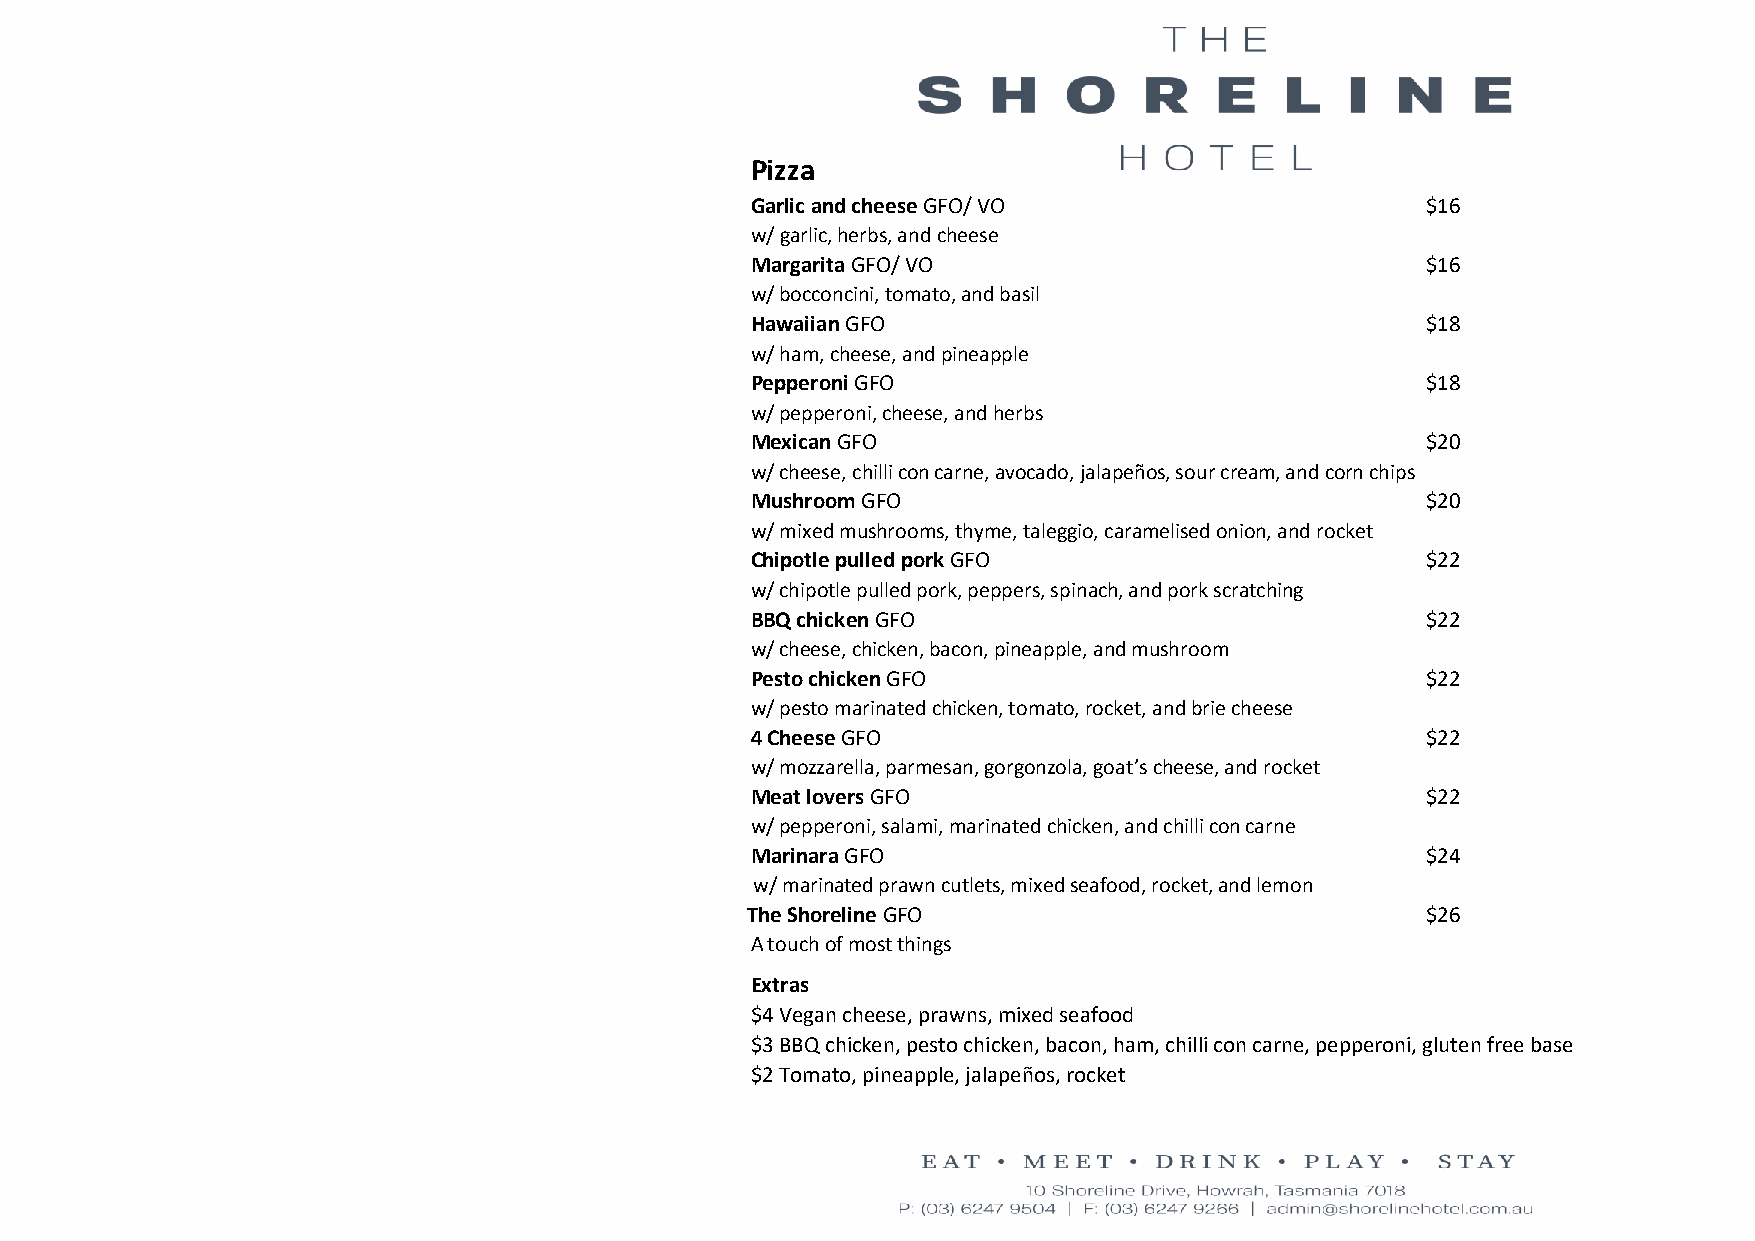
Pizza
 Garlic and cheese GFO/ VO                   $16
 w/ garlic, herbs, and cheese
 Margarita GFO/ VO                           $16
 w/ bocconcini, tomato, and basil
 Hawaiian GFO                                $18
 w/ ham, cheese, and pineapple
 Pepperoni GFO                               $18
 w/ pepperoni, cheese, and herbs
 Mexican GFO                                 $20
 w/ cheese, chilli con carne, avocado, jalapeños, sour cream, and corn chips
 Mushroom GFO                                $20
 w/ mixed mushrooms, thyme, taleggio, caramelised onion, and rocket
 Chipotle pulled pork GFO                    $22
 w/ chipotle pulled pork, peppers, spinach, and pork scratching
 BBQ chicken GFO                             $22
 w/ cheese, chicken, bacon, pineapple, and mushroom
 Pesto chicken GFO                           $22
 w/ pesto marinated chicken, tomato, rocket, and brie cheese
 4 Cheese GFO                                $22
 w/ mozzarella, parmesan, gorgonzola, goat’s cheese, and rocket
 Meat lovers GFO                             $22
 w/ pepperoni, salami, marinated chicken, and chilli con carne
 Marinara GFO                                $24
 w/ marinated prawn cutlets, mixed seafood, rocket, and lemon
 The Shoreline GFO                            $26
 A touch of most things
 Extras
 $4 Vegan cheese, prawns, mixed seafood
 $3 BBQ chicken, pesto chicken, bacon, ham, chilli con carne, pepperoni, gluten free base
 $2 Tomato, pineapple, jalapeños, rocket